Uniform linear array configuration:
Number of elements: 8
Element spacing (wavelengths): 0.75
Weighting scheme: hamming
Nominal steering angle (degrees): -15
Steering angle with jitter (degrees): -13.77
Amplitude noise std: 0.05
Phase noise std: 0.05

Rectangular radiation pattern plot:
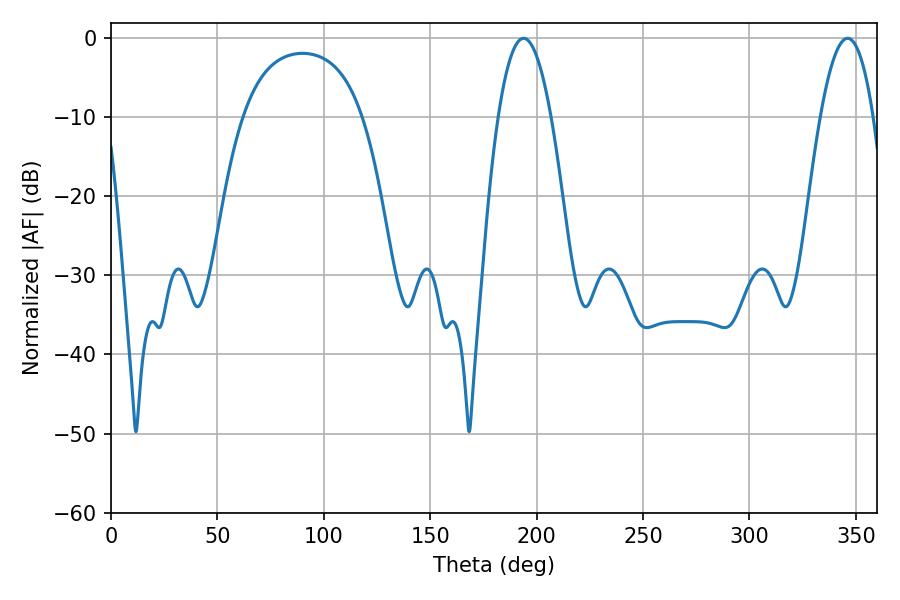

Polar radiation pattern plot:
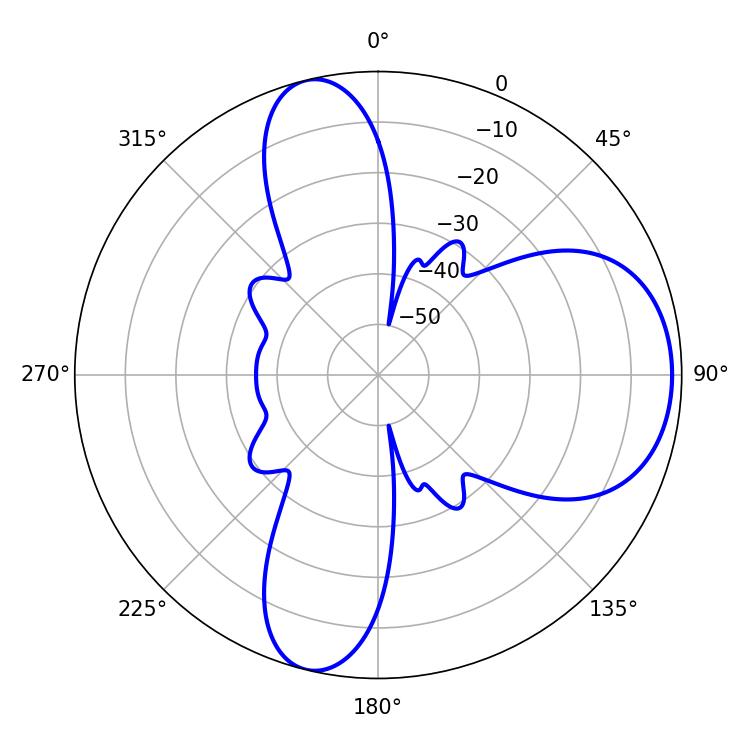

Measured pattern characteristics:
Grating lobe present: TRUE
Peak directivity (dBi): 8.275
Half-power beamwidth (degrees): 13.68
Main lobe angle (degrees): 193.86